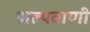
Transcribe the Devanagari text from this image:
अल्पवाणी